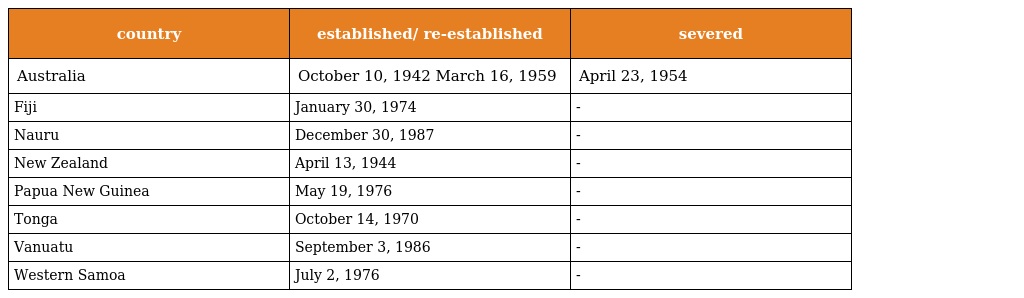
| country | established/ re-established | severed |
 | --- | --- | --- |
 | Australia | October 10, 1942 March 16, 1959 | April 23, 1954 |
 | Fiji | January 30, 1974 | - |
 | Nauru | December 30, 1987 | - |
 | New Zealand | April 13, 1944 | - |
 | Papua New Guinea | May 19, 1976 | - |
 | Tonga | October 14, 1970 | - |
 | Vanuatu | September 3, 1986 | - |
 | Western Samoa | July 2, 1976 | - |